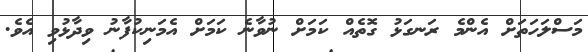
މަސްލަހަތަށް އެންމެ ރަނގަޅު ގޮތެއް ކަމަށް ނުވާނެ ކަމަށް އެމަނިކުފާނު ވިދާޅުވި އެވެ.